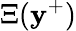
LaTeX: \Xi(\mathbf{y}^{+})